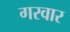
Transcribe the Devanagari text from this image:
गरवार